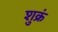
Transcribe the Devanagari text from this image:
शुक्रं